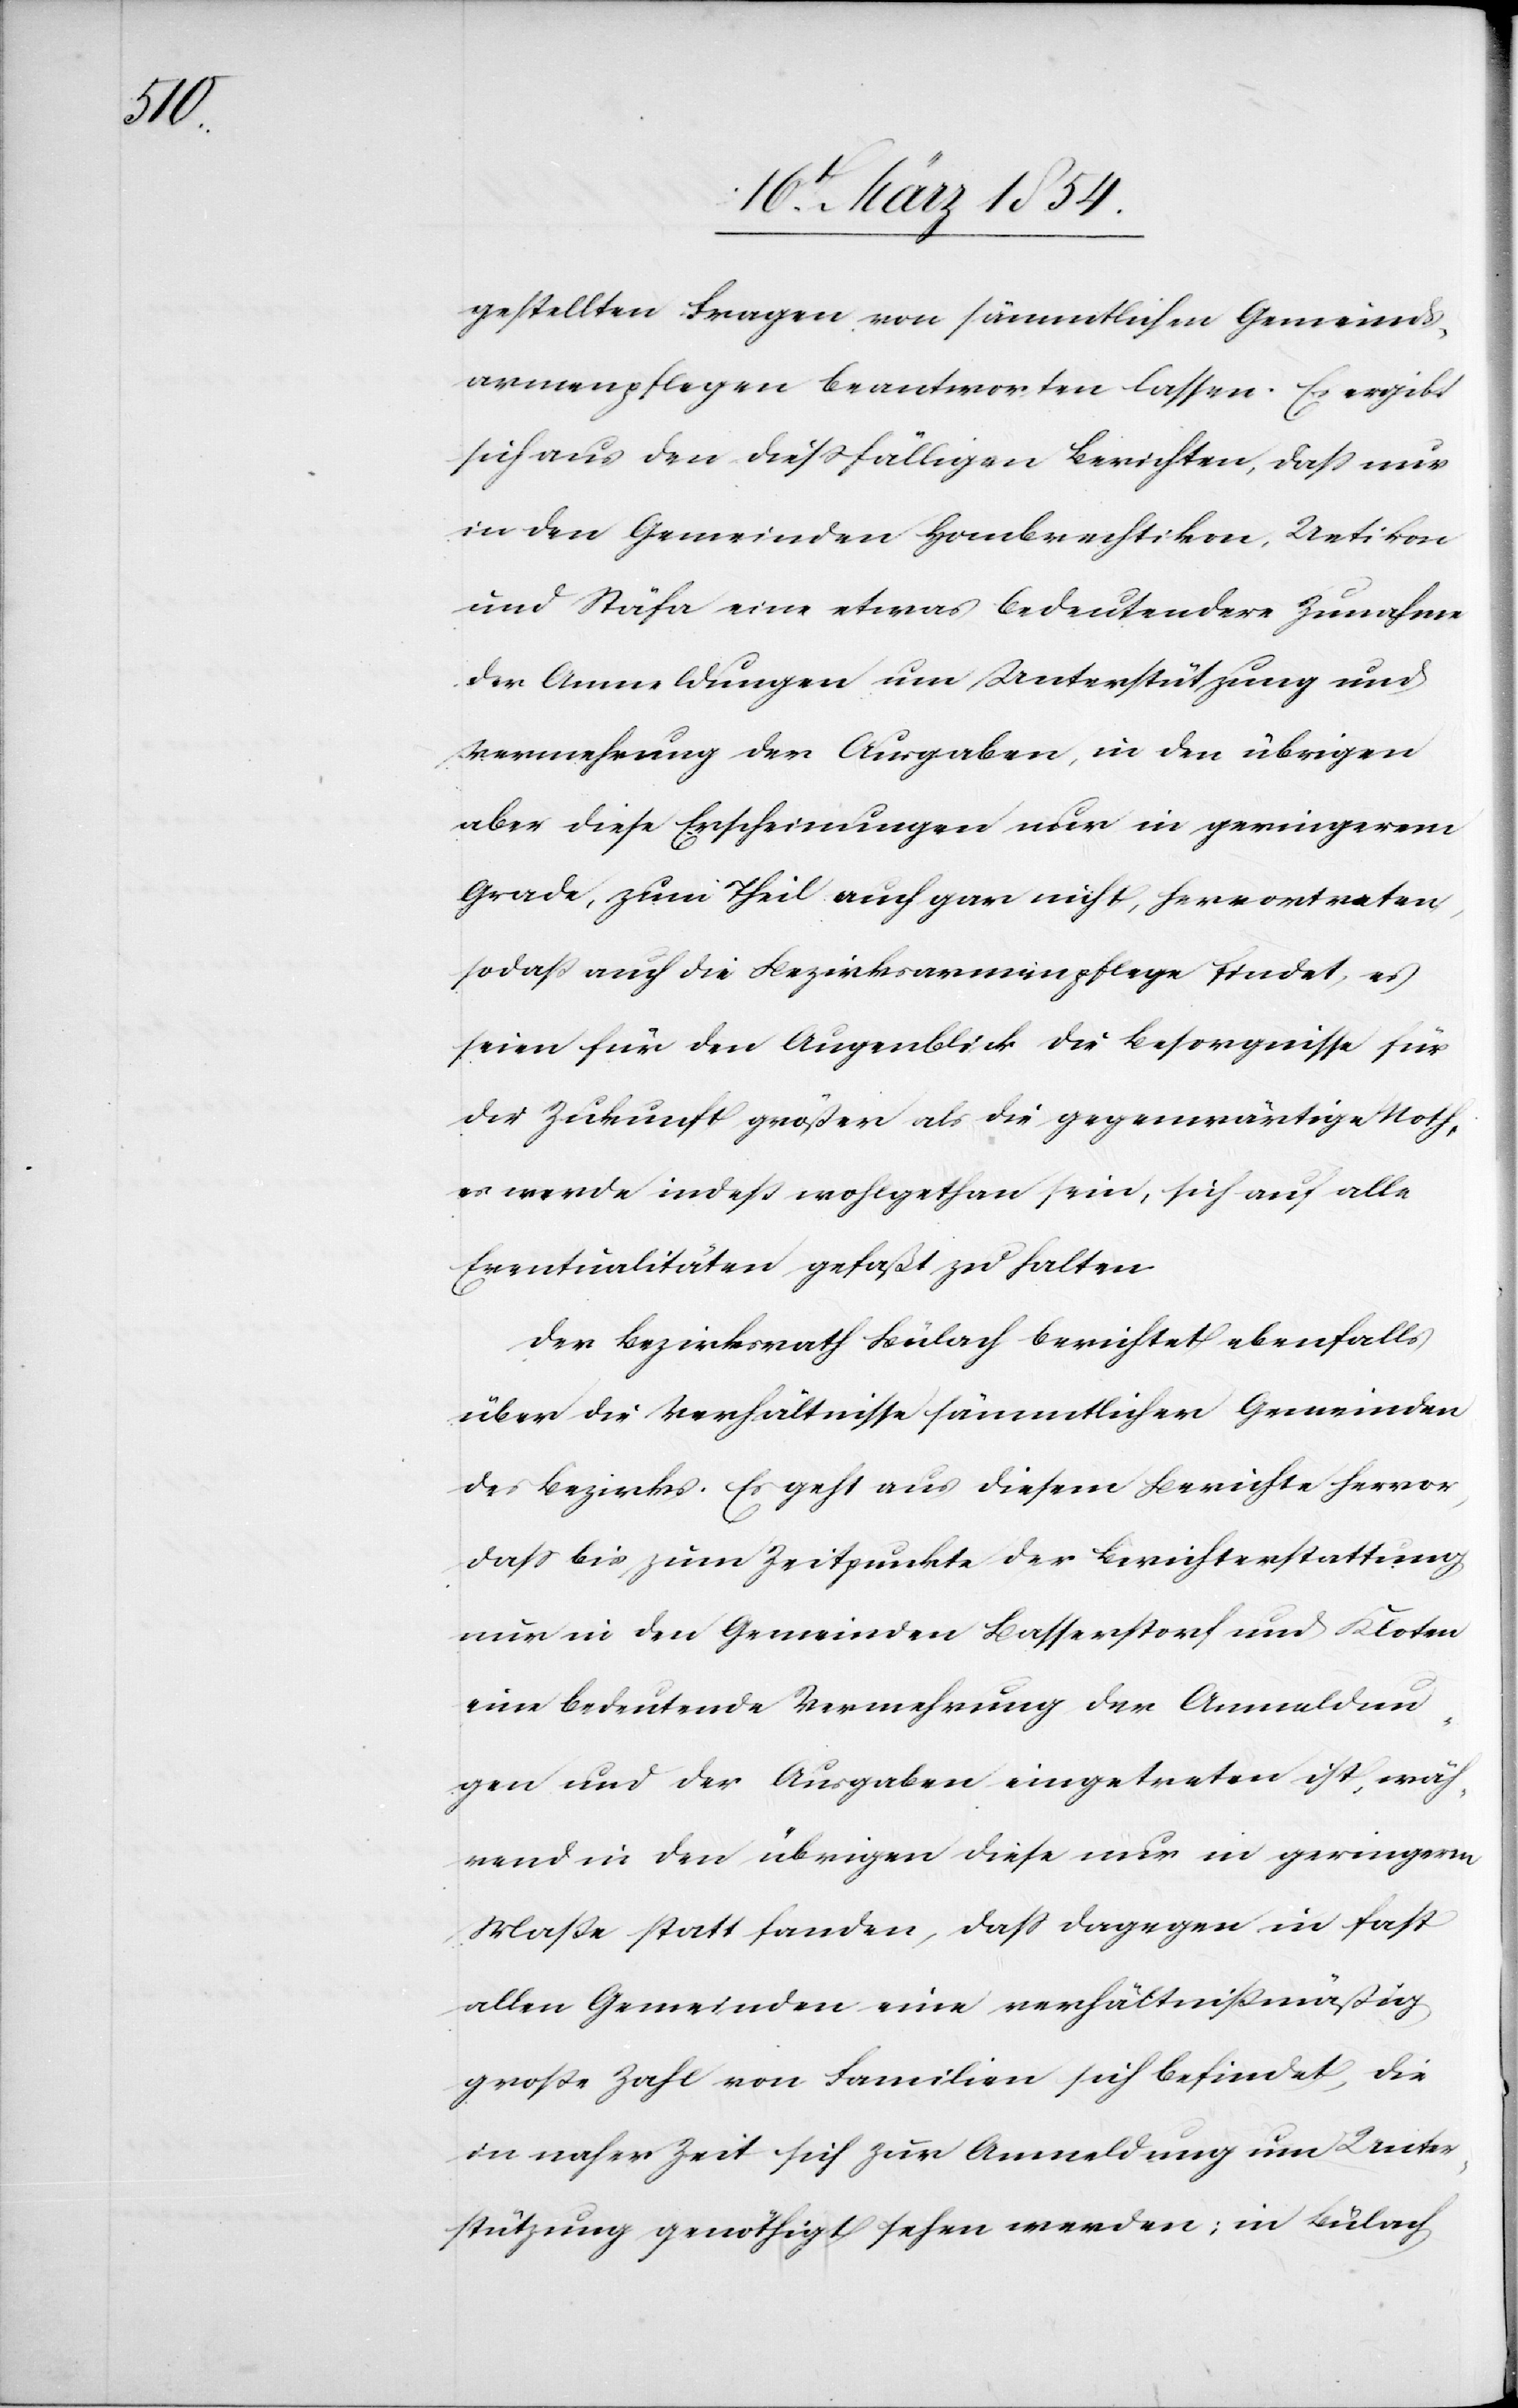
gestellten Fragen von sämmtlichen Gemeinds¬
armenpflegen beantworten lassen. Es ergibt
sich aus den dießfälligen berichten, daß nur
in den Gemeinden Hombrechtikon, Uetikon
und Stäfa eine etwas bedeutendere Zunahme
der Anmeldungen um Unterstützung und
Vermehrung der Ausgaben, in den übrigen
aber diese Erscheinungen nur in geringerem
Grade, zum Theil auch gar nicht, hervortreten,
sodaß auch die Bezirksarmenpflege findet, es
seien für den Augenblick die Besorgnisse für
die Zukunft größer als die gegenwärtige Noth,
es werde indeß wohlgethan sein, sich auf alle
Eventualitäten gefaßt zu halten.
Der Bezirksrath Bülach berichtet ebenfalls
über die Verhältnisse sämmtlicher Gemeinden
des Bezirks. Es geht aus diesem Berichte hervor,
daß bis zum Zeitpunkte der Berichterstattung
nur in den Gemeinden Basserstorf und Kloten
eine bedeutende Vermehrung der Anmeldun¬
gen und der Ausgaben eingetreten ist, wäh¬
rend in den übrigen diese nur in geringerm
Maße statt fanden, daß dagegen in fast
allen Gemeinden eine verhältnißmäßig
große Zahl von Familien sich befindet, die
in naher Zeit sich zur Anmeldung um Unter¬
stützung genöthigt sehen werden; in Bülach